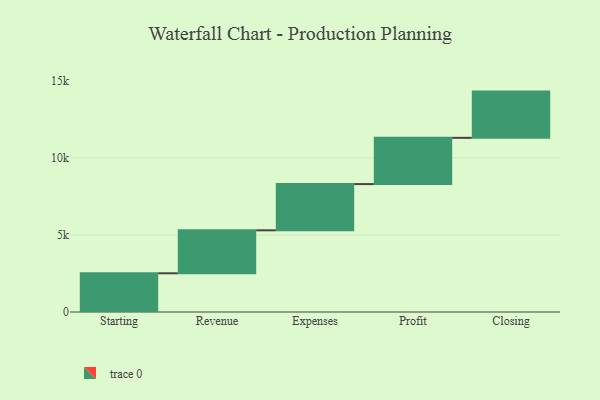
{"axis": {"x": "Step", "y": "Value"}, "legend": [""], "data": [{"x": "Starting", "y": 2512.0, "type": ""}, {"x": "Revenue", "y": 2788.0, "type": ""}, {"x": "Expenses", "y": 3000, "type": ""}, {"x": "Profit", "y": 3000, "type": ""}, {"x": "Closing", "y": 3000, "type": ""}]}